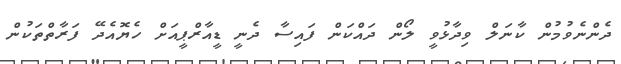
ދެންނެވުމުން ކާނަލް ވިދާޅުވީ ލޯން ދައްކަން ފައިސާ ދެނީ ޑީއާރްޕީއަށް ހެޔޮއެދޭ ފަރާތްތަކުން